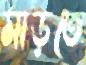
মাড়তে